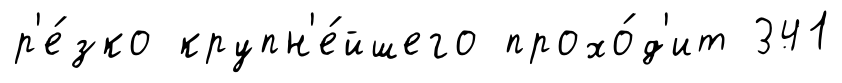
р'е́зко крупн'е́йшего прохо́д'ит 341